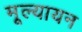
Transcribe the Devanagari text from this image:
मूल्यायन